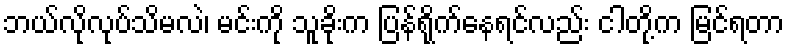
ဘယ်လိုလုပ်သိမလဲ၊ မင်းကို သူခိုးက ပြန်ရိုက်နေရင်လည်း ငါတို့က မြင်ရတာ